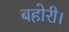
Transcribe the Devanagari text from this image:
बहोरी।